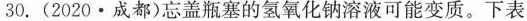
30.(2020·成都)忘盖瓶塞的氢氧化钠溶液可能变质。下表